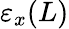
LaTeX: \varepsilon_{x}(L)